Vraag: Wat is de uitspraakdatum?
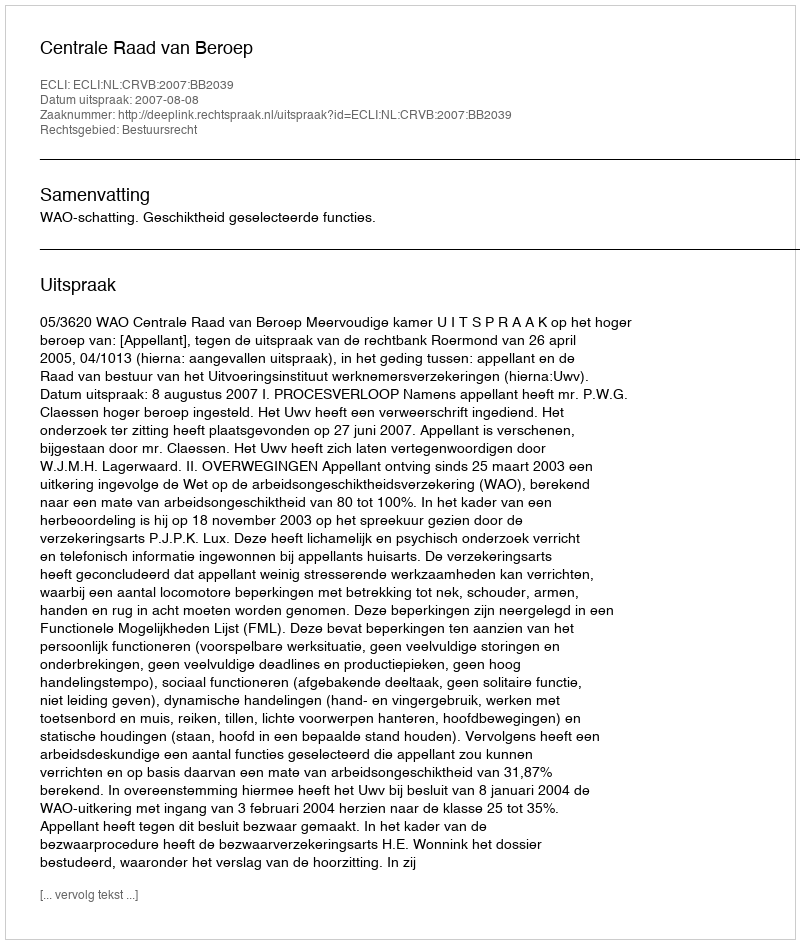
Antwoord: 2007-08-08